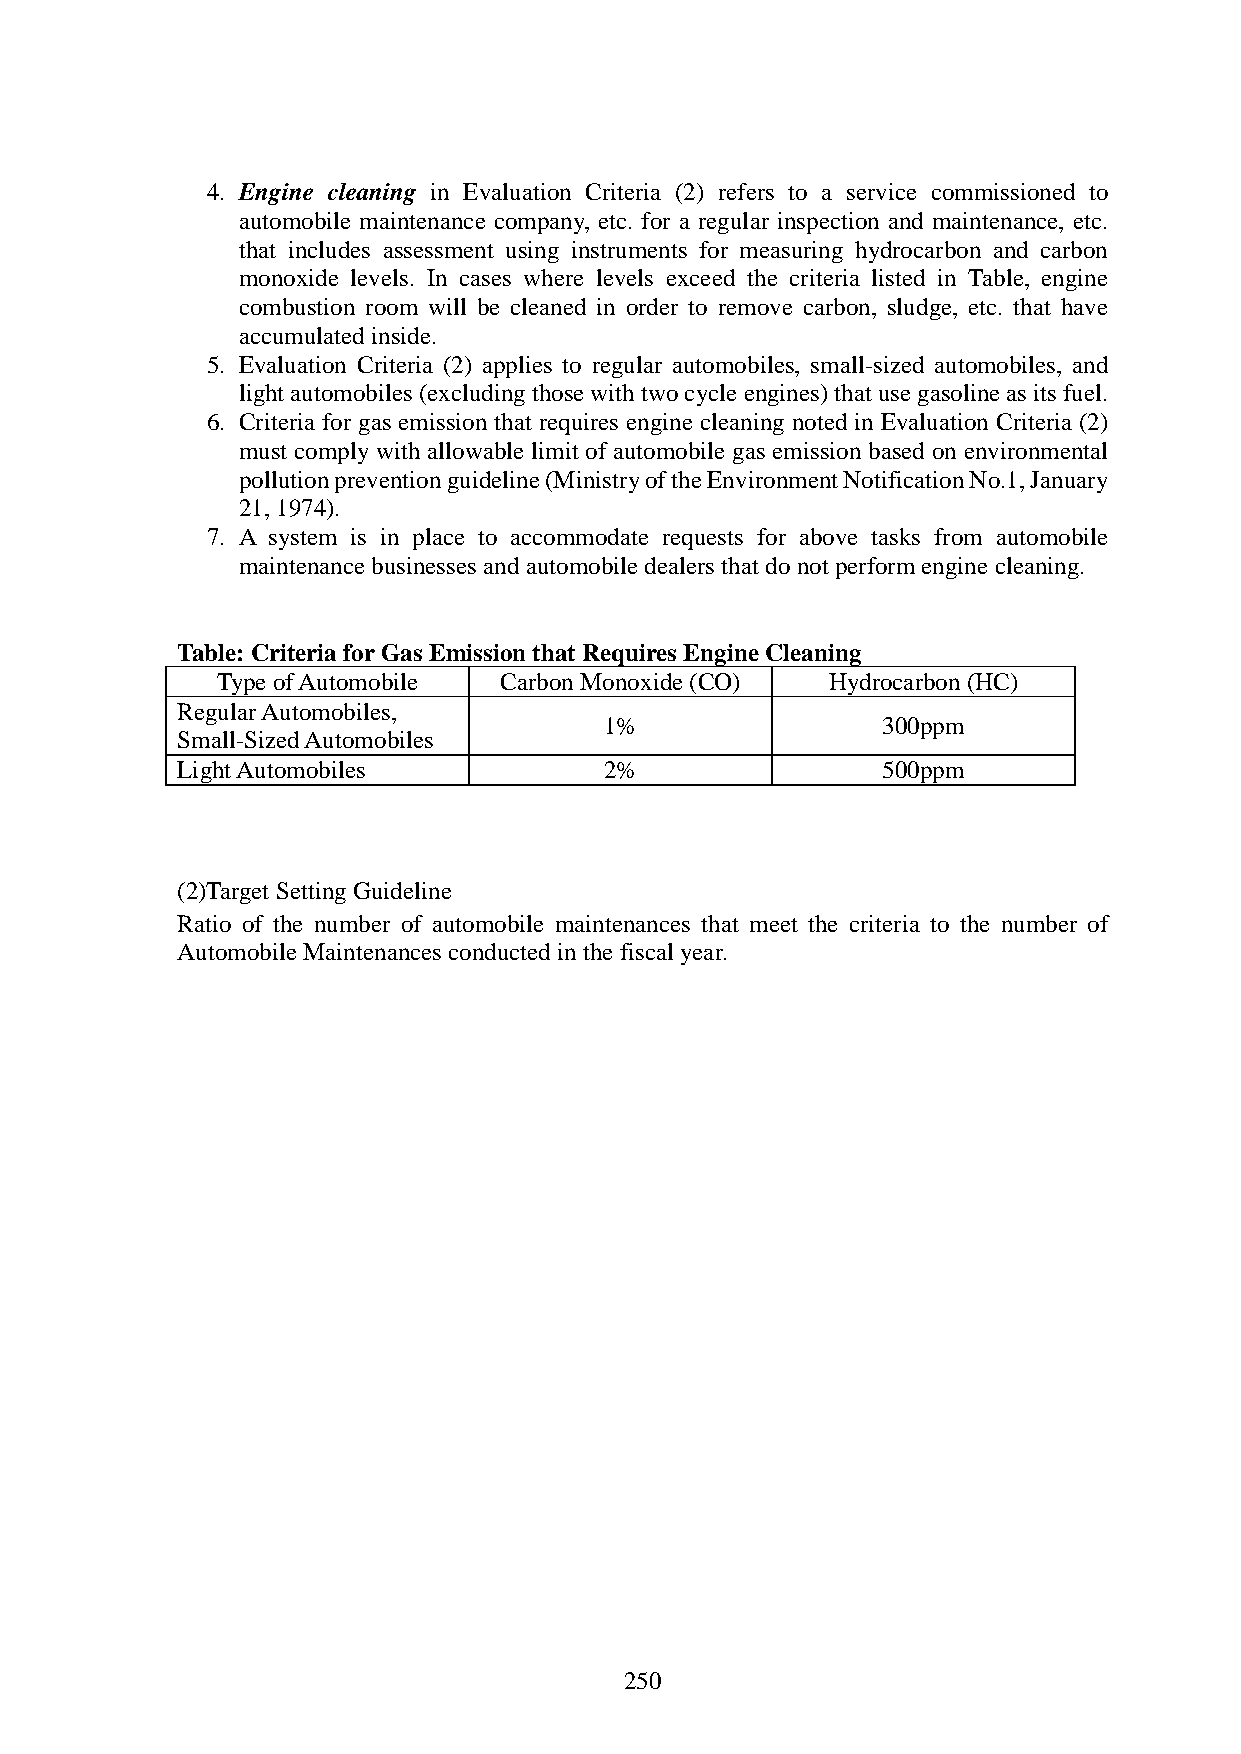
4. Engine cleaning in Evaluation Criteria (2) refers to a service commissioned to
 automobile maintenance company, etc. for a regular inspection and maintenance, etc.
 that includes assessment using instruments for measuring hydrocarbon and carbon
 monoxide levels. In cases where levels exceed the criteria listed in Table, engine
 combustion room will be cleaned in order to remove carbon, sludge, etc. that have
 accumulated inside.
 5. Evaluation Criteria (2) applies to regular automobiles, small-sized automobiles, and
 light automobiles (excluding those with two cycle engines) that use gasoline as its fuel.
 6. Criteria for gas emission that requires engine cleaning noted in Evaluation Criteria (2)
 must comply with allowable limit of automobile gas emission based on environmental
 pollution prevention guideline (Ministry of the Environment Notification No.1, January
 21, 1974).
 7. A system is in place to accommodate requests for above tasks from automobile
 maintenance businesses and automobile dealers that do not perform engine cleaning.
 Table: Criteria for Gas Emission that Requires Engine Cleaning
 Type of Automobile Carbon Monoxide (CO)  Hydrocarbon (HC)
 Regular Automobiles,
 1%                300ppm
 Small-Sized Automobiles
 Light Automobiles           2%                500ppm
 (2)Target Setting Guideline
 Ratio of the number of automobile maintenances that meet the criteria to the number of
 Automobile Maintenances conducted in the fiscal year.
 250